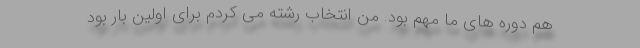
هم دوره های ما مهم بود. من انتخاب رشته می کردم برای اولین بار بود